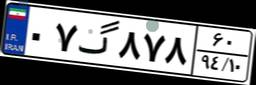
۱۷گ۴۷۲۷۲